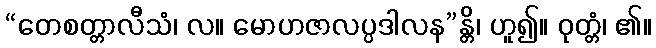
“တေစတ္တာလီသံ၊ လ။ မောဟဇာလပ္ပဒါလန”န္တိ၊ ဟူ၍။ ဝုတ္တံ၊ ၏။